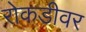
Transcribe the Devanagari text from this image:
रोकडीवर